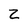
Character: Z